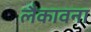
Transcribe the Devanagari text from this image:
लैकावना